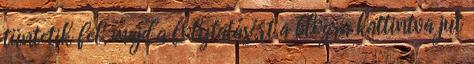
tüntetik fel, majd a folytatásért a blogra kattintva jut